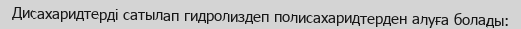
Дисахаридтерді сатылап гидролиздеп полисахаридтерден алуға болады: